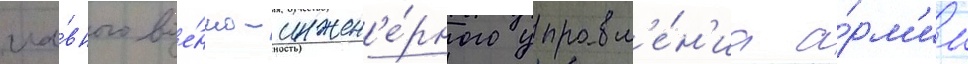
гла́вного вое́нно-инжен'е́рного управл'е́н'иа а́рм'ии